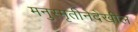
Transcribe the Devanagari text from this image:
मनुस्मृतीनेदेखील